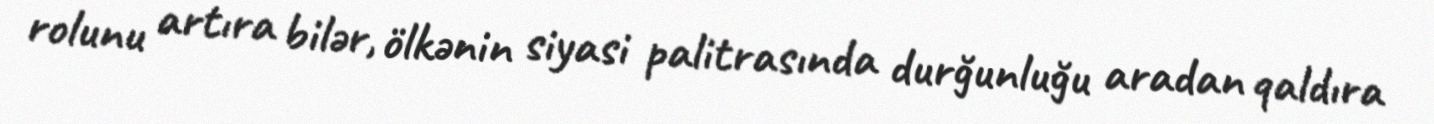
rolunu artıra bilər, ölkənin siyasi palitrasında durğunluğu aradan qaldıra